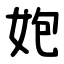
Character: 㚿